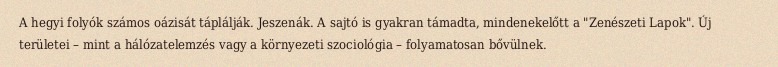
A hegyi folyók számos oázisát táplálják. Jeszenák. A sajtó is gyakran támadta, mindenekelőtt a "Zenészeti Lapok". Új területei – mint a hálózatelemzés vagy a környezeti szociológia – folyamatosan bővülnek.